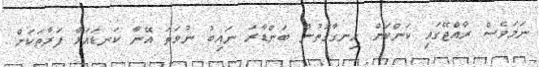
ނަމަވެސް ރާއްޖޭގައި ކަންކަން ހިނގާގޮތުން ބަންޑާރަ ނައިބު ނުވަތަ އޭނާ ކަނޑައަޅާ ފަރާތަކަށް